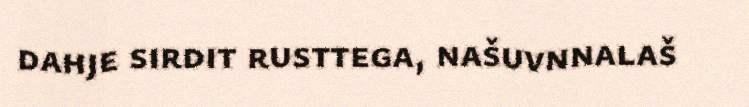
dahje sirdit rusttega, našuvnnalaš